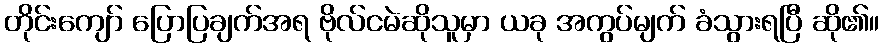
တိုင်းကျော် ပြောပြချက်အရ ဗိုလ်ငမဲဆိုသူမှာ ယခု အကွပ်မျက် ခံသွားရပြီ ဆို၏။